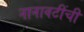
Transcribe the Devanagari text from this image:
नानावटींची